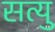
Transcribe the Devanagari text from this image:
सत्यु